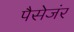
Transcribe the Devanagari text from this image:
पैसेजंर